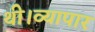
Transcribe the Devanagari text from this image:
थी।व्यापार